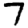
Digit: 7